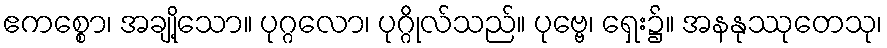
ဧကစ္စော၊ အချို့သော။ ပုဂ္ဂလော၊ ပုဂ္ဂိုလ်သည်။ ပုဗ္ဗေ၊ ရှေး၌။ အနနုဿုတေသု၊